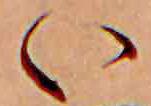
い